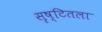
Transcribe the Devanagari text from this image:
सृष्टितला